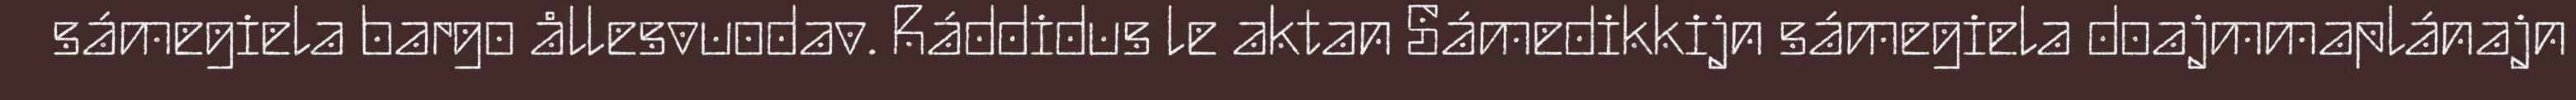
sámegiela bargo ållesvuodav. Ráddidus le aktan Sámedikkijn sámegiela doajmmaplánajn